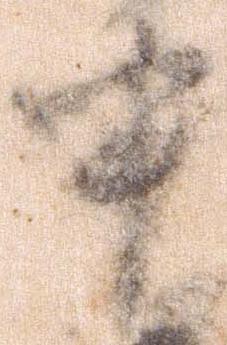
申